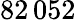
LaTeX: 82\, 052